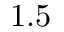
1 . 5